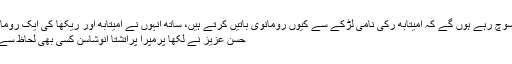
ساگر نے لکھا، ’ہیکرز سوچ رہے ہوں گے کہ امیتابھ رِکی نامی لڑکے سے کیوں رومانوی باتیں کرتے ہیں، ساتھ انہوں نے امیتابھ اور ریکھا کی ایک رومانوی تصویر بھی لگائی،‘
حسن عزیز نے لکھا پرمپرا پراتشتا انوشاسن کسی بھی لحاظ سے اچھا پاس ورڈ نہیں ہے۔